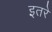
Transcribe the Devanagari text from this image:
इतरे